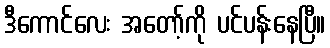
ဒီကောင်လေး အတော့်ကို ပင်ပန်းနေပြီ။